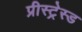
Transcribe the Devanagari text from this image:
प्रीस्ट्रेस्ड